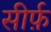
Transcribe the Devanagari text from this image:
सीर्फ़